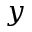
y